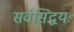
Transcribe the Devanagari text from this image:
सर्वसिद्धयः